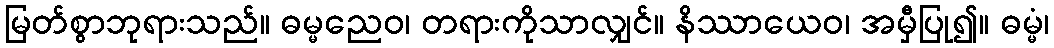
မြတ်စွာဘုရားသည်။ ဓမ္မညေဝ၊ တရားကိုသာလျှင်။ နိဿာယေဝ၊ အမှီပြု၍။ ဓမ္မံ၊